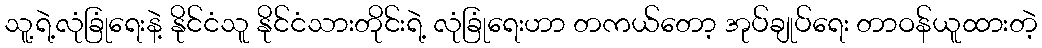
သူ့ရဲ့လုံခြုံရေးနဲ့ နိုင်ငံသူ နိုင်ငံသားတိုင်းရဲ့ လုံခြုံရေးဟာ တကယ်တော့ အုပ်ချုပ်ရေး တာဝန်ယူထားတဲ့